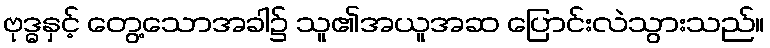
ဗုဒ္ဓနှင့် တွေ့သောအခါ၌ သူ၏အယူအဆ ပြောင်းလဲသွားသည်။